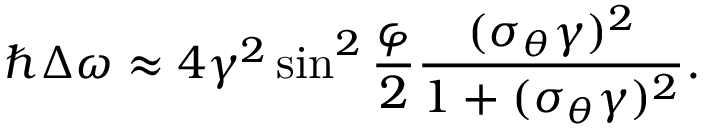
\hbar \Delta \omega \approx 4 \gamma ^ { 2 } \sin ^ { 2 } \frac { \varphi } { 2 } \frac { ( \sigma _ { \theta } \gamma ) ^ { 2 } } { 1 + ( \sigma _ { \theta } \gamma ) ^ { 2 } } .